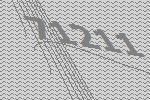
71211